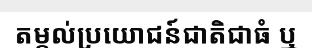
តម្កល់ប្រយោជន៍ជាតិជាធំ ឬ